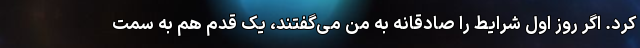
کرد. اگر روز اول شرایط را صادقانه به من می‌گفتند، یک قدم هم به سمت